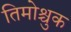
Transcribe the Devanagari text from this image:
तिमोश्चुक